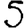
Digit: 5